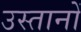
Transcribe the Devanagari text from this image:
उस्तानों